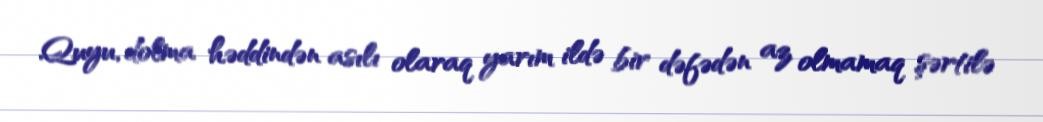
Quyu, dolma həddindən asılı olaraq yarım ildə bir dəfədən az olmamaq şərtilə